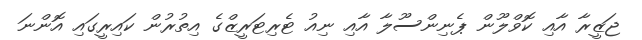
ޖަޒީރާ އާއި ކޮވްލޫން ޕެނިންސޫލާ އާއި ނިއު ޓެރިޓަރީޒްގެ އިތުރުން ކައިރީގައި އޮންނަ